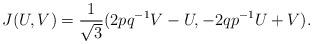
LaTeX: \begin{align*}J(U,V)= \frac{1}{\sqrt 3}(2pq^{-1}V-U, -2qp^{-1}U+V).\end{align*}